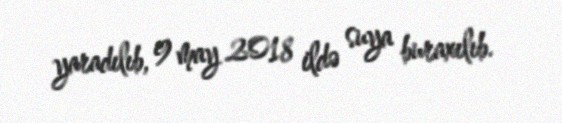
yaradılıb, 9 may 2018 ildə suya buraxılıb.